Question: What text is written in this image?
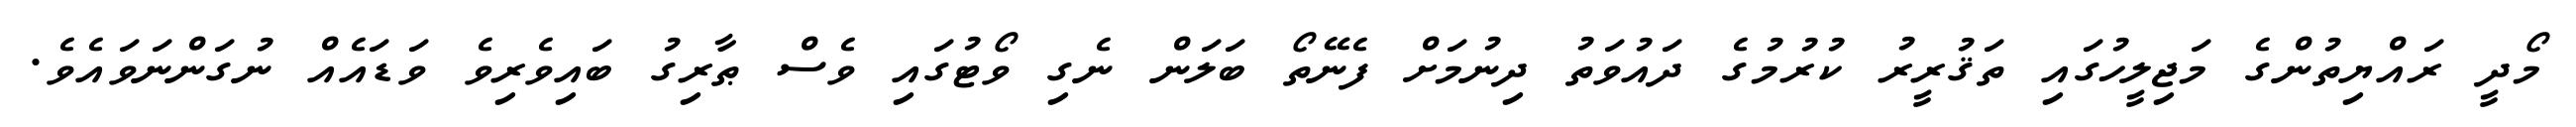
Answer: މޯދީ ރައްޔިތުންގެ މަޖިލީހުގައި ތަޤުރީރު ކުރުމުގެ ދައުވަތު ދިނުމަށް ފެނޭތޯ ބަލަން ނެގި ވޯޓުގައި ވެސް ޠާރިގު ބައިވެރިވެ ވަޑައެއް ނުގަންނަވައެވެ.